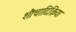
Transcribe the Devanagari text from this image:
शौचादिक्रिया